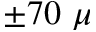
\pm 7 0 ~ \mu